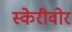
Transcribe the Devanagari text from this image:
स्केरीवोर